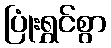
ပြုံးရွှင်စွာ